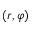
\left( r , \varphi \right)